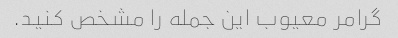
گرامر معیوب این جمله را مشخص کنید.